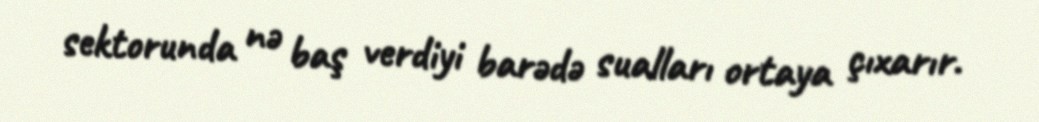
sektorunda nə baş verdiyi barədə sualları ortaya çıxarır.